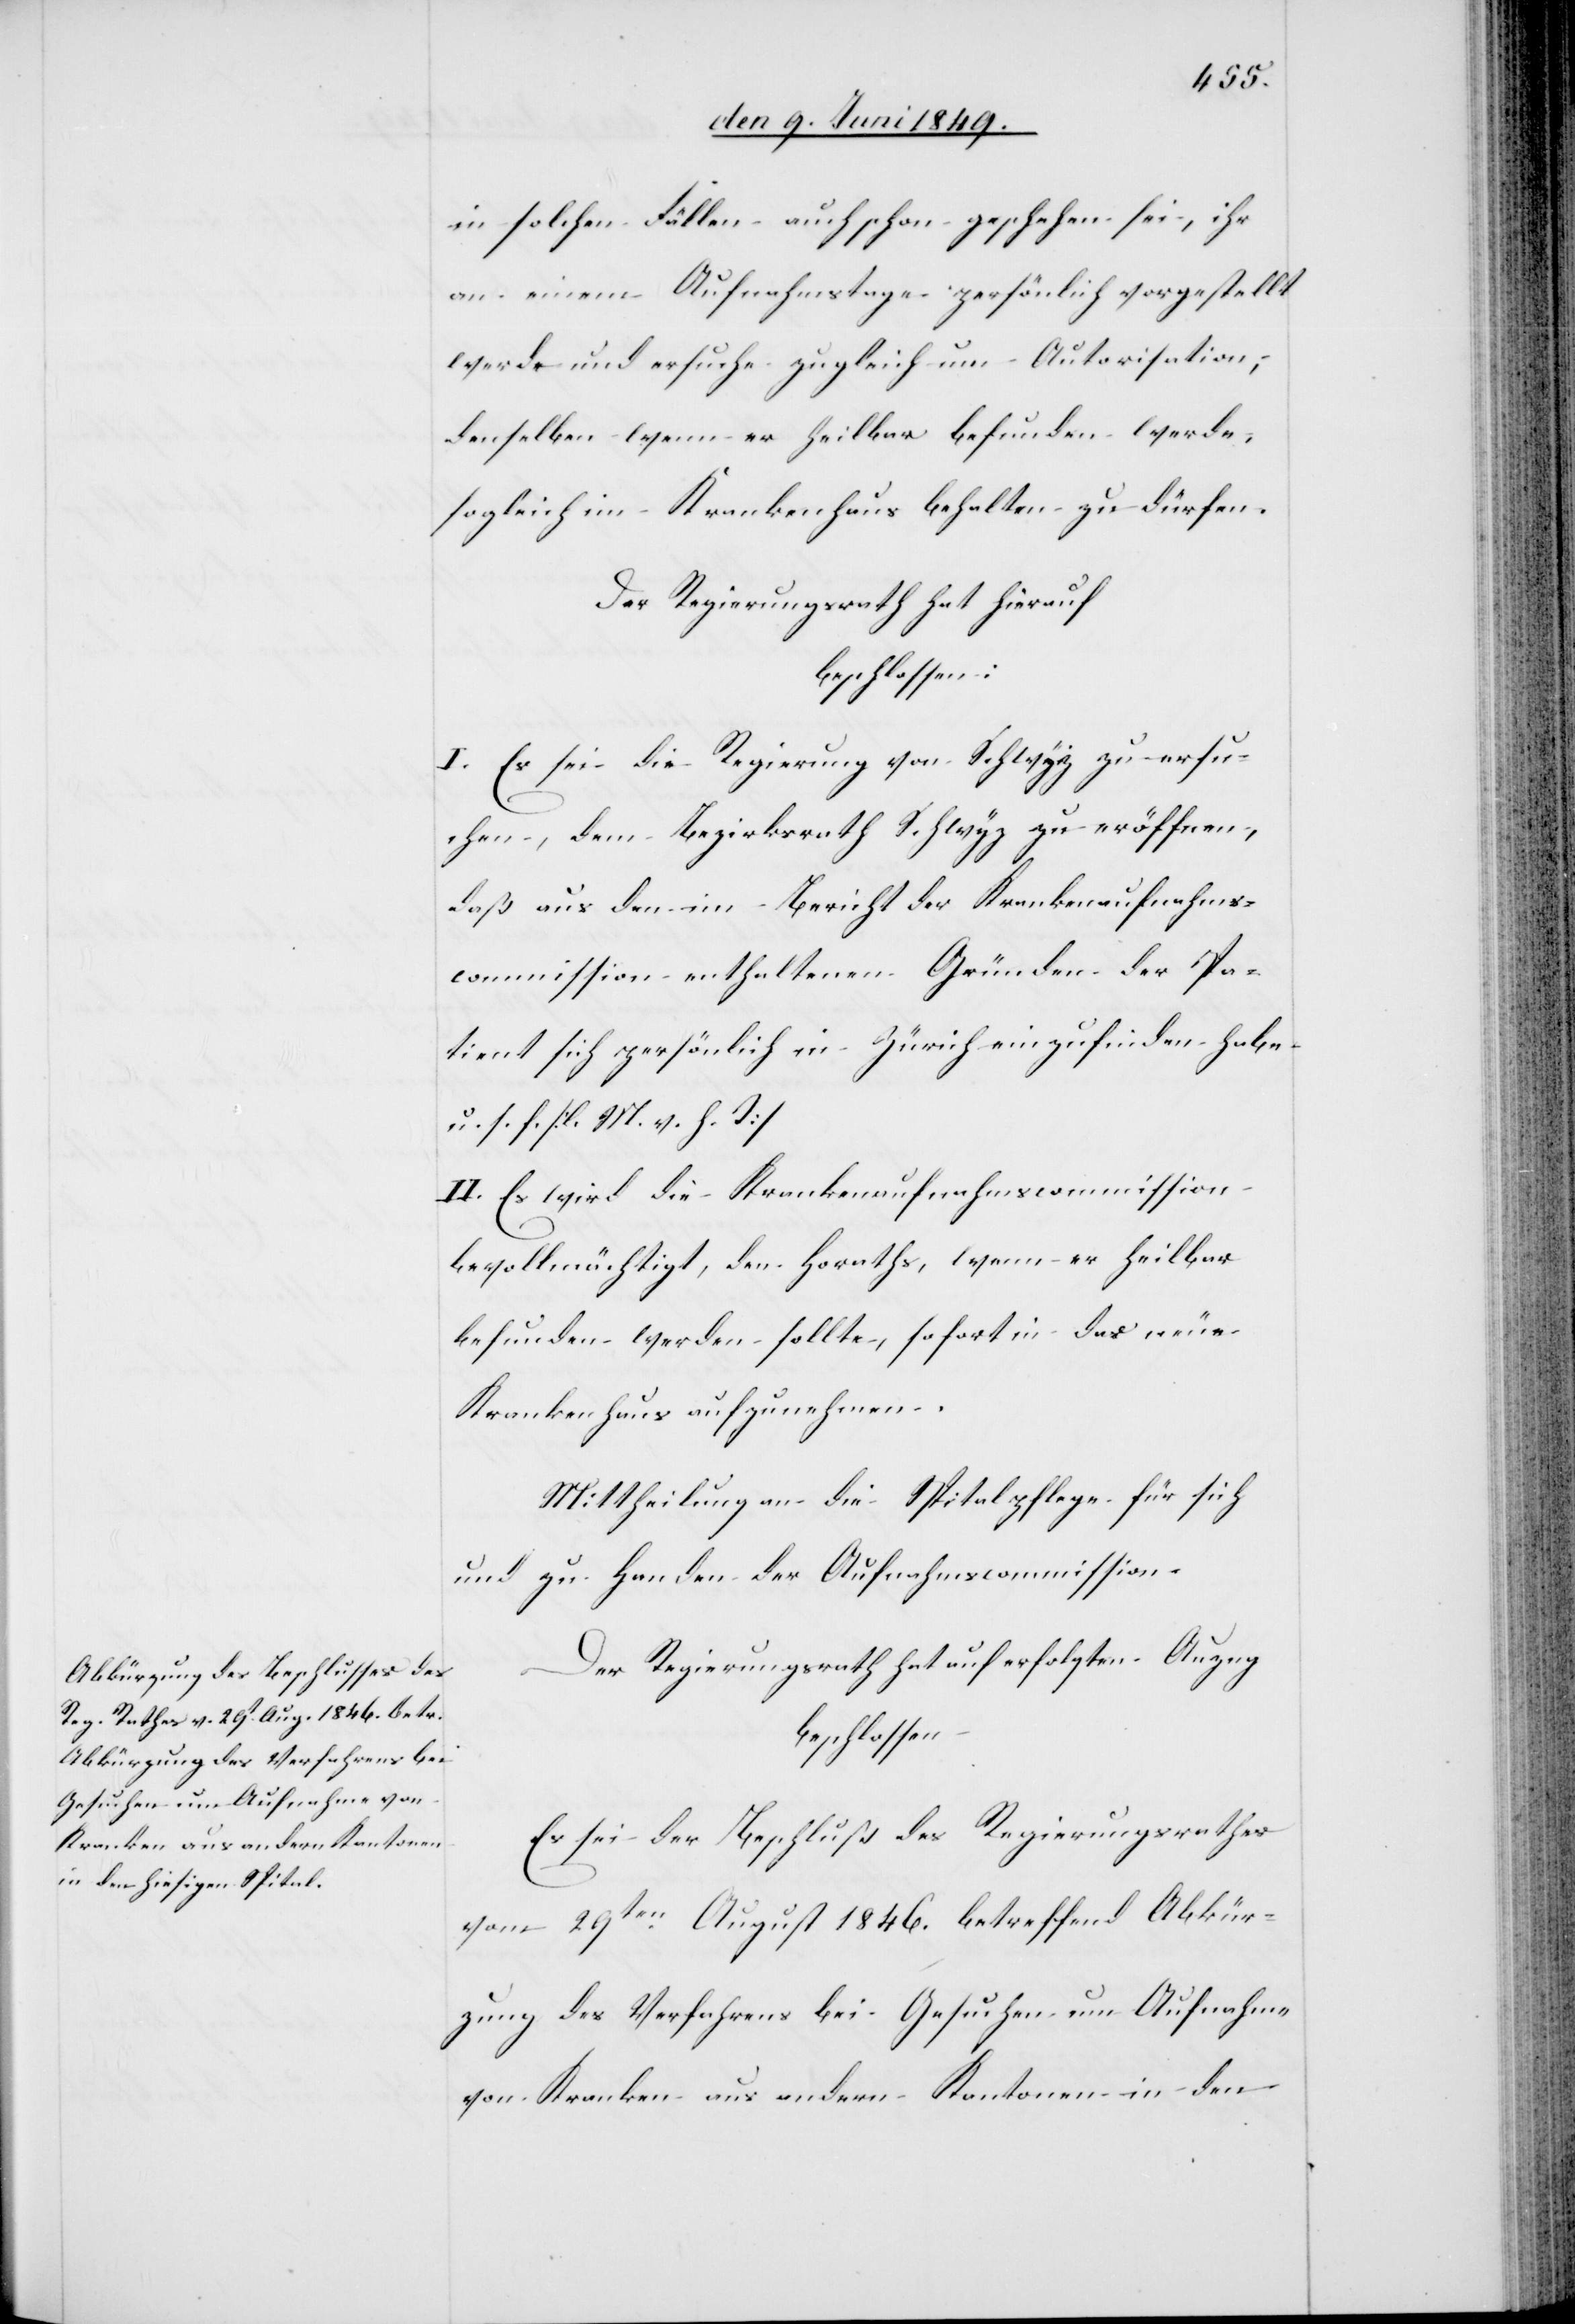
in solchen Fällen auch schon geschehen sei, ihr
an einem Aufnahmstage persönlich vorgestellt
werde und ersuche zugleich um Autorisation,
denselben wenn er heilbar befunden werde,
sogleich im Krankenhaus behalten zu dürfen.
Der Regierungsrath hat hierauf
beschlossen:
I. Es sei die Regierung von Schwyz zu eröff¬
daß aus den im Bericht der Krankenaufnahms¬
commission enthaltenen Gründen der Pa¬
tient sich persönlich in Zürich einzufinden habe
u. s. f. [l. M. h. T][.]
Der Regierungsrath hat auf erfolgten Anzug
nen,
beschlossen:
Es sei der Beschluß des Regierungsrathes
vom 29ten August 1846. betreffend Abkür¬
zung des Verfahrens bei Gesuchen um Aufnahme
von Kranken aus andern Kantonen in den